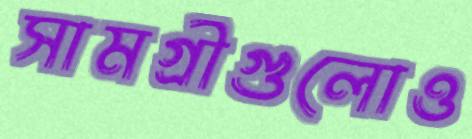
সামগ্রীগুলোও